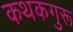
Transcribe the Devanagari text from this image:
कथकगुरू